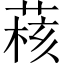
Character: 𫈺